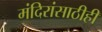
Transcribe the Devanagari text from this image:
मंदिरांसाठीही